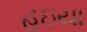
હઇયા